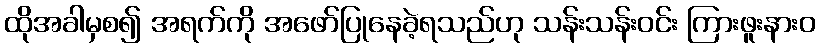
ထိုအခါမှစ၍ အရက်ကို အဖော်ပြုနေခဲ့ရသည်ဟု သန်းသန်းဝင်း ကြားဖူးနားဝ